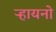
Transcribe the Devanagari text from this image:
ऱ्हायनो